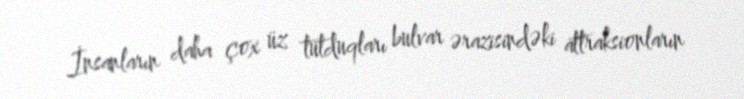
İnsanların daha çox üz tutduqları bulvar ərazisindəki attraksionların